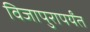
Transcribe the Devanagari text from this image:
विजापुरापर्यंत